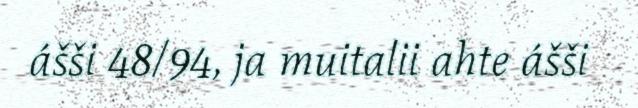
ášši 48/94, ja muitalii ahte ášši